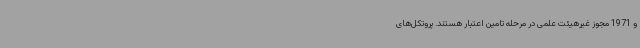
و 1971 مجوز غیرهیئت علمی در مرحله تامین اعتبار هستند. پروتکل‌های